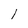
Character: l